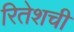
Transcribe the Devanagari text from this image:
रितेशची